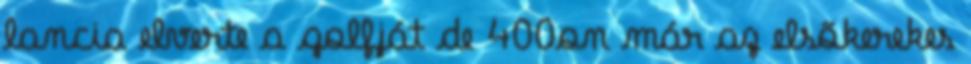
lancia elverte a golfját de 400on már az elsõkerekes